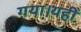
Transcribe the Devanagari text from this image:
गया।यहीं